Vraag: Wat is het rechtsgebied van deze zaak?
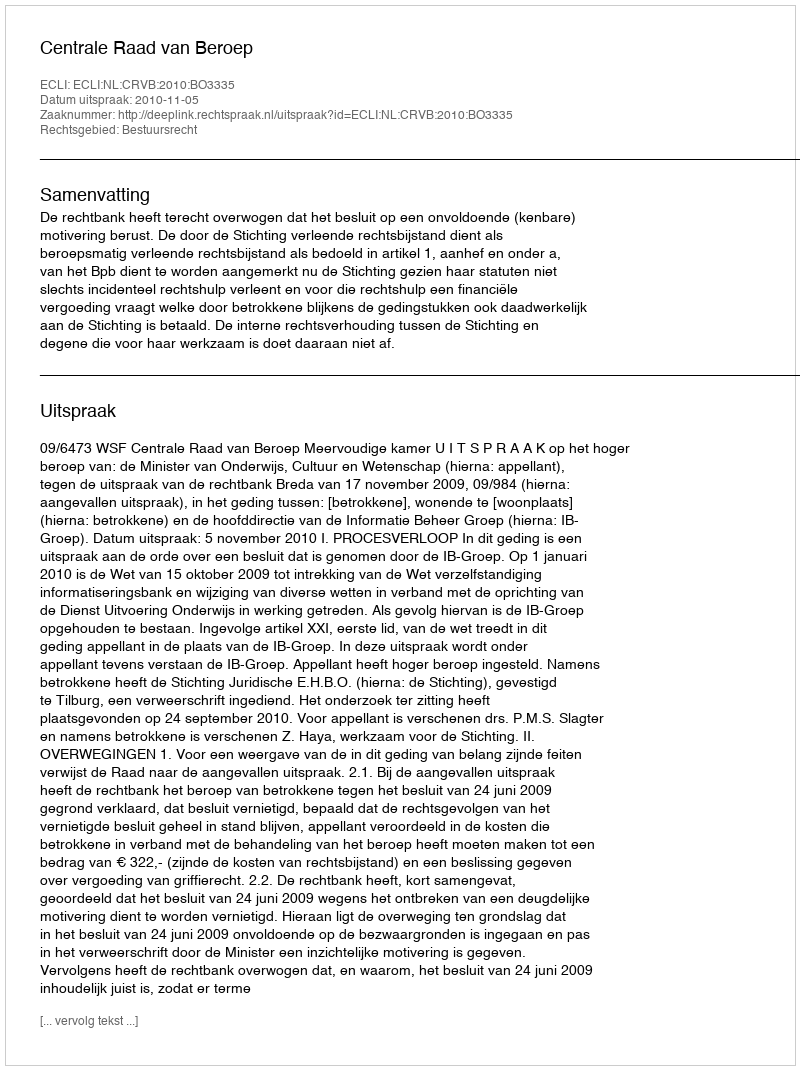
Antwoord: Bestuursrecht